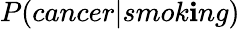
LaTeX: P(cancer|smok\mathbf{i}ng)